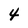
Character: 4